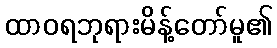
ထာဝရဘုရားမိန့်တော်မူ၏